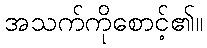
အသက်ကိုစောင့်၏။